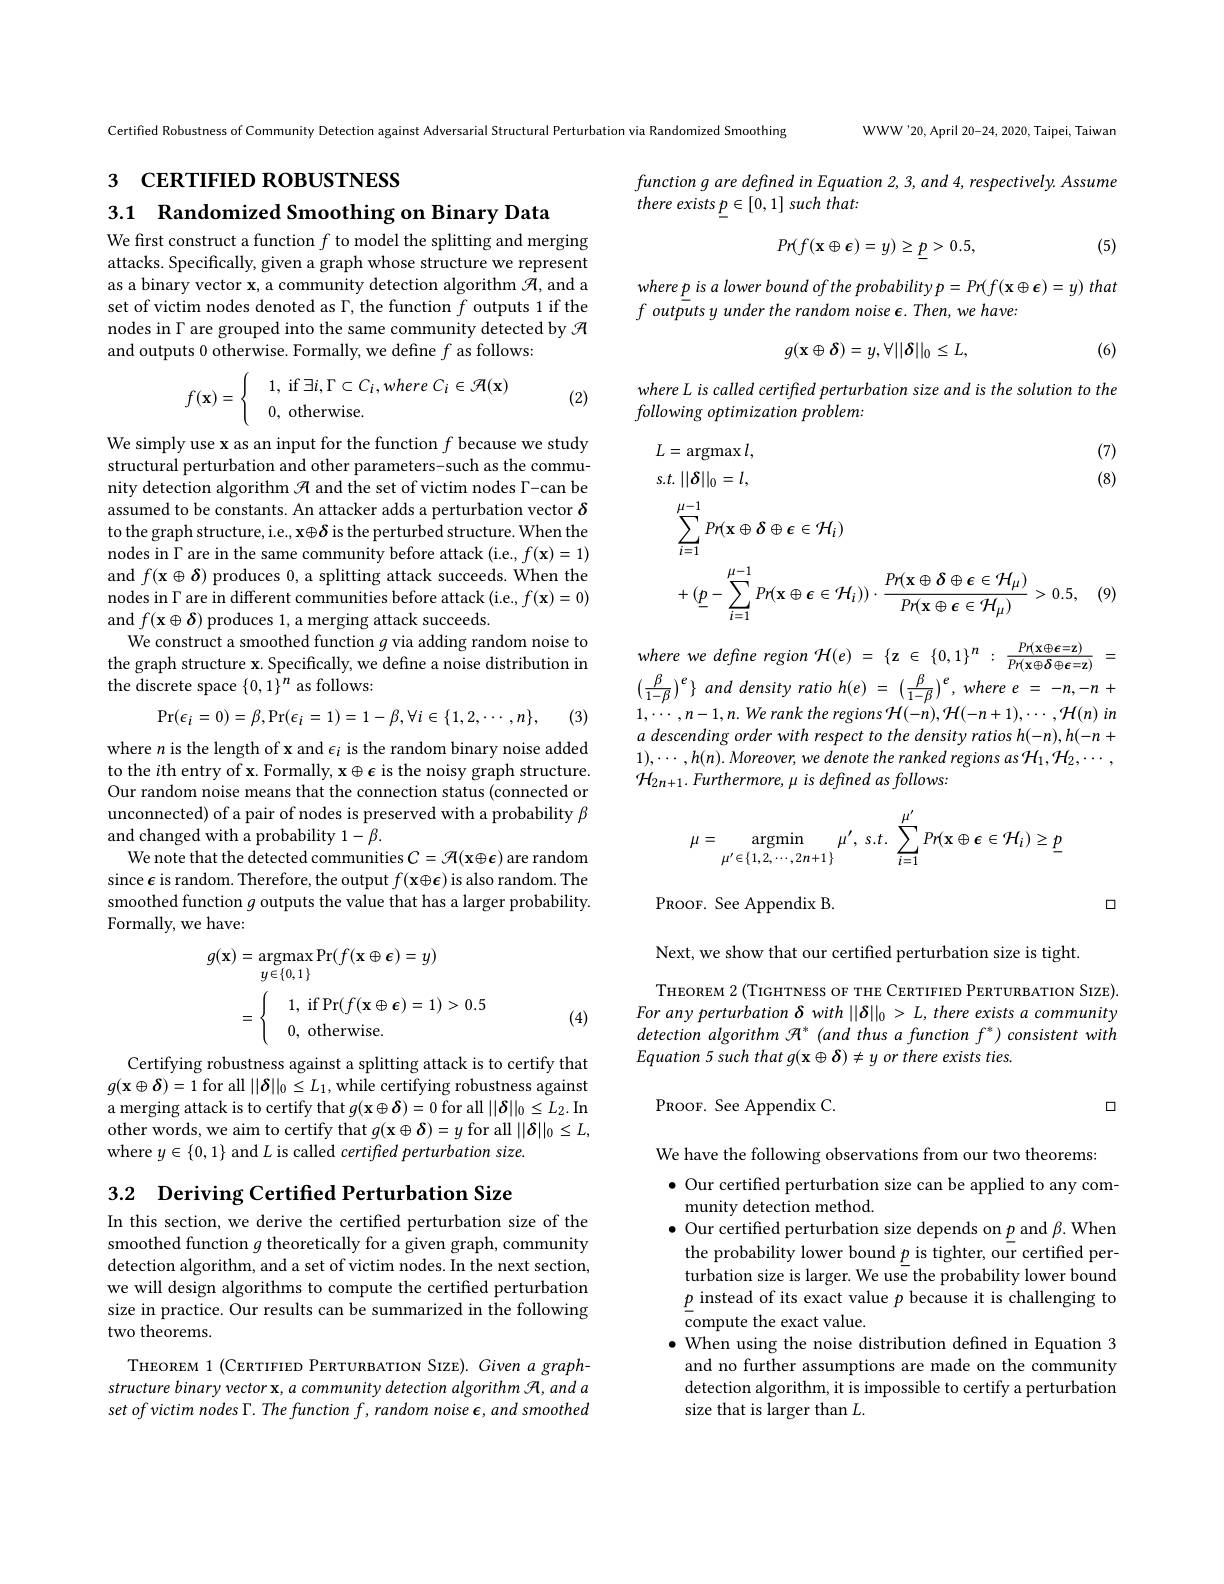
WWW'20, April 20-24, 2020, Taipei, Taiwan

Certified Robustness of Community Detection against Adversarial Structural Perturbation via Randomized Smoothing

з СЕRTIFIED ROBUSTNESS

## $functiongare\textit{defined in Equation 2, 3, and 4, respectively. Assume}$ there exists $\underline {p}\in [ 0, 1] \textit{such that: }$

3.1 Randomized Smoothing on Binary Data
We first construct a function $f$ to model the splitting and merging
$$Pr(f(\mathbf{x}\oplus\mathbf{\epsilon})=y)\geq\underline{p}>0.5,$$
(5)

attacks. Specifically, given a graph whose structure we represent as a binary vector x, a community detection algorithm $\mathcal{R}$, and a set of victim nodes denoted as $\Gamma$, the function $f$ outputs 1 if the nodes in $\Gamma$ are grouped into the same community detected by $\mathcal{H}$ and outputs 0 otherwise. Formally, we define $f$ as follows:

$where\underline {p}isalowerboundoftheprobabilityp= Pr( f( \mathbf{x} \oplus \boldsymbol{\epsilon }) = y)$ that
$f$ outputs y under the random noise $\epsilon.Then,we$ have:
$$g(\mathbf{x}\oplus\boldsymbol{\delta})=y,\forall||\boldsymbol{\delta}||_0\leq L,$$
(6)
$$f(\mathbf{x})=\begin{cases}&1,\:\text{if}\exists i,\Gamma\subset C_i,where\:C_i\in\mathcal{R}(\mathbf{x})\\&0,\:\text{otherwise}.\end{cases}$$
(2)

where L is called certified perturbation size and is the solution to the
$following~optimization~problem:$
$$\begin{aligned}&L=\operatorname{argmax}l,&&\text{(7)}\\&s.t.\:||\boldsymbol{\delta}||_{0}=l,&&\text{(8)}\\&\sum_{i=1}^{\mu-1}Pr(\mathbf{x}\oplus\boldsymbol{\delta}\oplus\boldsymbol{\epsilon}\in\mathcal{H}_{i})\\&+(\underline{p}-\sum_{i=1}^{\mu-1}Pr(\mathbf{x}\oplus\boldsymbol{\epsilon}\in\mathcal{H}_{i}))\cdot\frac{Pr(\mathbf{x}\oplus\boldsymbol{\delta}\oplus\boldsymbol{\epsilon}\in\mathcal{H}_{\mu})}{Pr(\mathbf{x}\oplus\boldsymbol{\epsilon}\in\mathcal{H}_{\mu})}>0.5,\quad(9)\end{aligned}$$
We simply use x as an input for the function $f$ because we study structural perturbation and other parameters-such as the community detection algorithm $\mathcal{R}$ and the set of victim nodes $\Gamma$-can be assumed to be constants. An attacker adds a perturbation vector $\delta$ to the graph structure, i.e., x $\oplus\boldsymbol{\delta}$ is the perturbed structure. When the nodes in $\Gamma$ are in the same community before attack (i.e., $f(\mathbf{x})=1)$ and $f(\mathbf{x}\oplus\boldsymbol{\delta})$ produces 0, a splitting attack succeeds. When the nodes in $\Gamma$ are in different communities before attack (i.e., $f(\mathbf{x})=0)$ and $f(\mathbf{x}\oplus\boldsymbol{\delta})$ produces 1, a merging attack succeeds.
We construct a smoothed function $g$ via adding random noise to the graph structure x. Specifically, we define a noise distribution in the discrete space $\{0,1\}^n$ as follows:
$$\Pr(\epsilon_i=0)=\beta,\Pr(\epsilon_i=1)=1-\beta,\forall i\in\{1,2,\cdots,n\},$$
(3)

where we define region $\mathcal{H} ( e)$ = $\{ z$ $\in$ $\{ 0, 1\} ^{n}$ : $\frac {Pr( \mathbf{x} \oplus \mathbf{\epsilon } = \mathbf{z} ) }{Pr( \mathbf{x} \oplus \mathbf{\delta } \oplus \mathbf{\epsilon } = \mathbf{z} ) }$ = $\left(\frac{\beta}{1-\beta}\right)^{e}\}$ and density ratio h(e) = $\left ( \frac \beta {1- \beta }\right ) ^{e}, where$ $e$ = $- n, - n$ + $1,\cdots,n-1,n.We$ rank the regions $\mathcal{H}(-n),\mathcal{H}(-n+1),\cdots,\mathcal{H}(n)$ in a descending order with respect to the density ratios h(-n),h(-n+1), $1) , \cdots , h( n) . \textit{Moreover, we denote the ranked regions as}\mathcal{H} _{1}, \mathcal{H} _{2}, \cdots $, $\mathcal{H} _{2n+ 1}. \textit{Furthermore, is defined as follows: }$

where $n$ is the length of x and $\epsilon_i$ is the random binary noise added to the $i$th entry of x. Formally, x$\oplus\epsilon$ is the noisy graph structure. Our random noise means that the connection status (connected or unconnected) of a pair of nodes is preserved with a probability $\beta$ and changed with a probability $1-\beta.$
We note that the detected communities $C=\mathcal{H}(\mathbf{x}\oplus\boldsymbol{\epsilon})$ are random since $\epsilon$ is random. Therefore, the output $f(\mathbf{x}\oplus\boldsymbol{\epsilon})$ is also random. The smoothed function $g$ outputs the value that has a larger probability. Formally, we have:
$$\mu=\underset{\mu'\in\{1,2,\cdots,2n+1\}}{\operatorname*{argmin}}\mu',\:s.t.\:\sum_{i=1}^{\mu'}Pr(\mathbf{x}\oplus\boldsymbol{\epsilon}\in\mathcal{H}_{i})\geq\underline{p}$$
口

PROOF. See Appendix B.
$$\begin{aligned}g(\mathbf{x})&=\underset{y\in\{0,1\}}{\operatorname*{argmax}}\Pr(f(\mathbf{x}\oplus\boldsymbol{\epsilon})=y)\\&=\begin{cases}&1,\:\mathrm{if}\Pr(f(\mathbf{x}\oplus\boldsymbol{\epsilon})=1)>0.5\\&0,\:\mathrm{otherwise}.\end{cases}\end{aligned}$$
Next, we show that our certified perturbation size is tight.
THEOREM 2 (TIGHTNESS OF THE CERTIFIED PERTURBATION SIZE). For any perturbation $\delta$ with $||\delta||_0>L,there$ exists a community detection algorithm $\mathcal{H}^*$ (and thus a function f') consistent with Equation 5 such that g(x $\oplus\delta)\neq y$ or there exists ties.

(4)

PROOF. See Appendix C.

口

Certifying robustness against a splitting attack is to certify that $g(\mathbf{x}\oplus\boldsymbol{\delta})=1$ for all $||\boldsymbol\delta||_0\leq L_1$,while certifying robustness against a merging attack is to certify that $g(\mathbf{x}\oplus\boldsymbol{\delta})=0$ for all $||\boldsymbol\delta||_0\leq L_2.$ In other words, we aim to certify that $g(\mathbf{x}\oplus\boldsymbol{\delta})=y$ for all $||\boldsymbol\delta||_0\leq L$, where $y\in\{0,1\}$ and $L$ is called certified perturbation size.

3.2 Deriving Certified Perturbation Size

In this section, we derive the certified perturbation size of the smoothed function $g$ theoretically for a given graph, community detection algorithm, and a set of victim nodes. In the next section, we will design algorithms to compute the certified perturbation size in practice. Our results can be summarized in the following two theorems.

We have the following observations from our two theorems:
$\bullet$ Our certified perturbation size can be applied to any com-
munity detection method.
$\bullet$ Our certified perturbation size depends on $\underline{p}$ and $\beta.$ When the probability lower bound $\underline{p}$ is tighter, our certified perturbation size is larger. We use the probability lower bound $\underline{p}$ instead of its exact value $p$ because it is challenging to compute the exact value.
$\bullet$ When using the noise distribution defined in Equation 3 and no further assumptions are made on the community detection algorithm, it is impossible to certify a perturbation size that is larger than $L.$

THEOREM 1 (CERTIFIED PERTURBATION SIZE). Given a graphstructure binary vector x, a community detection algorithm A, and a set of victim nodes $\Gamma . \textit{The function f, random noise , and smoothed}$